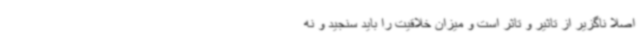
اصلا ناگزیر از تاثیر و تاثر است و میزان خلاقیت را باید سنجید و نه